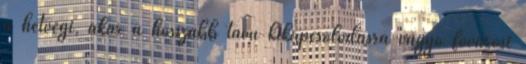
a hétvégi, akár a hosszabb távú kikapcsolódásra vágyó fõvárosi